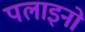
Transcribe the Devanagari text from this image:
पलाइनो